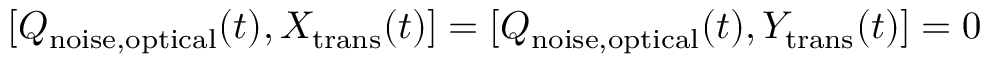
[ Q _ { \mathrm { n o i s e , o p t i c a l } } ( t ) , X _ { \mathrm { t r a n s } } ( t ) ] = [ Q _ { \mathrm { n o i s e , o p t i c a l } } ( t ) , Y _ { \mathrm { t r a n s } } ( t ) ] = 0